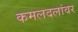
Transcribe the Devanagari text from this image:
कमलदलांवर